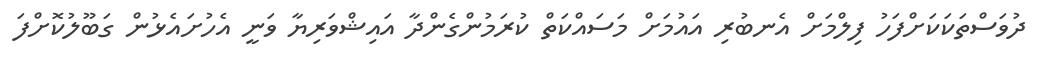
ދުވަސްތަކަކަށްފަހު ފިލްމަށް އެނބުރި އައުމަށް މަސައްކަތް ކުރަމުންގެންދާ އައިޝްވަރިޔާ ވަނީ އެހުށައެޅުން ގަބޫލުކޮށްފަ